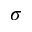
\sigma